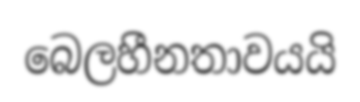
බෙලහීනතාවයයි